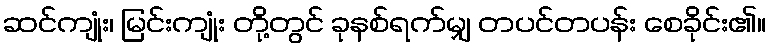
ဆင်ကျုံး၊ မြင်းကျုံး တို့တွင် ခုနစ်ရက်မျှ တပင်တပန်း စေခိုင်း၏။